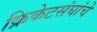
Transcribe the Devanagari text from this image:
क्रिकेटसंघांचे